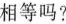
相等吗?